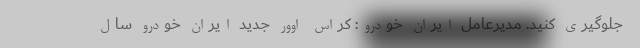
جلوگیری کنید. مدیرعامل ایران خودرو: کراس اوور جدید ایران خودرو سال